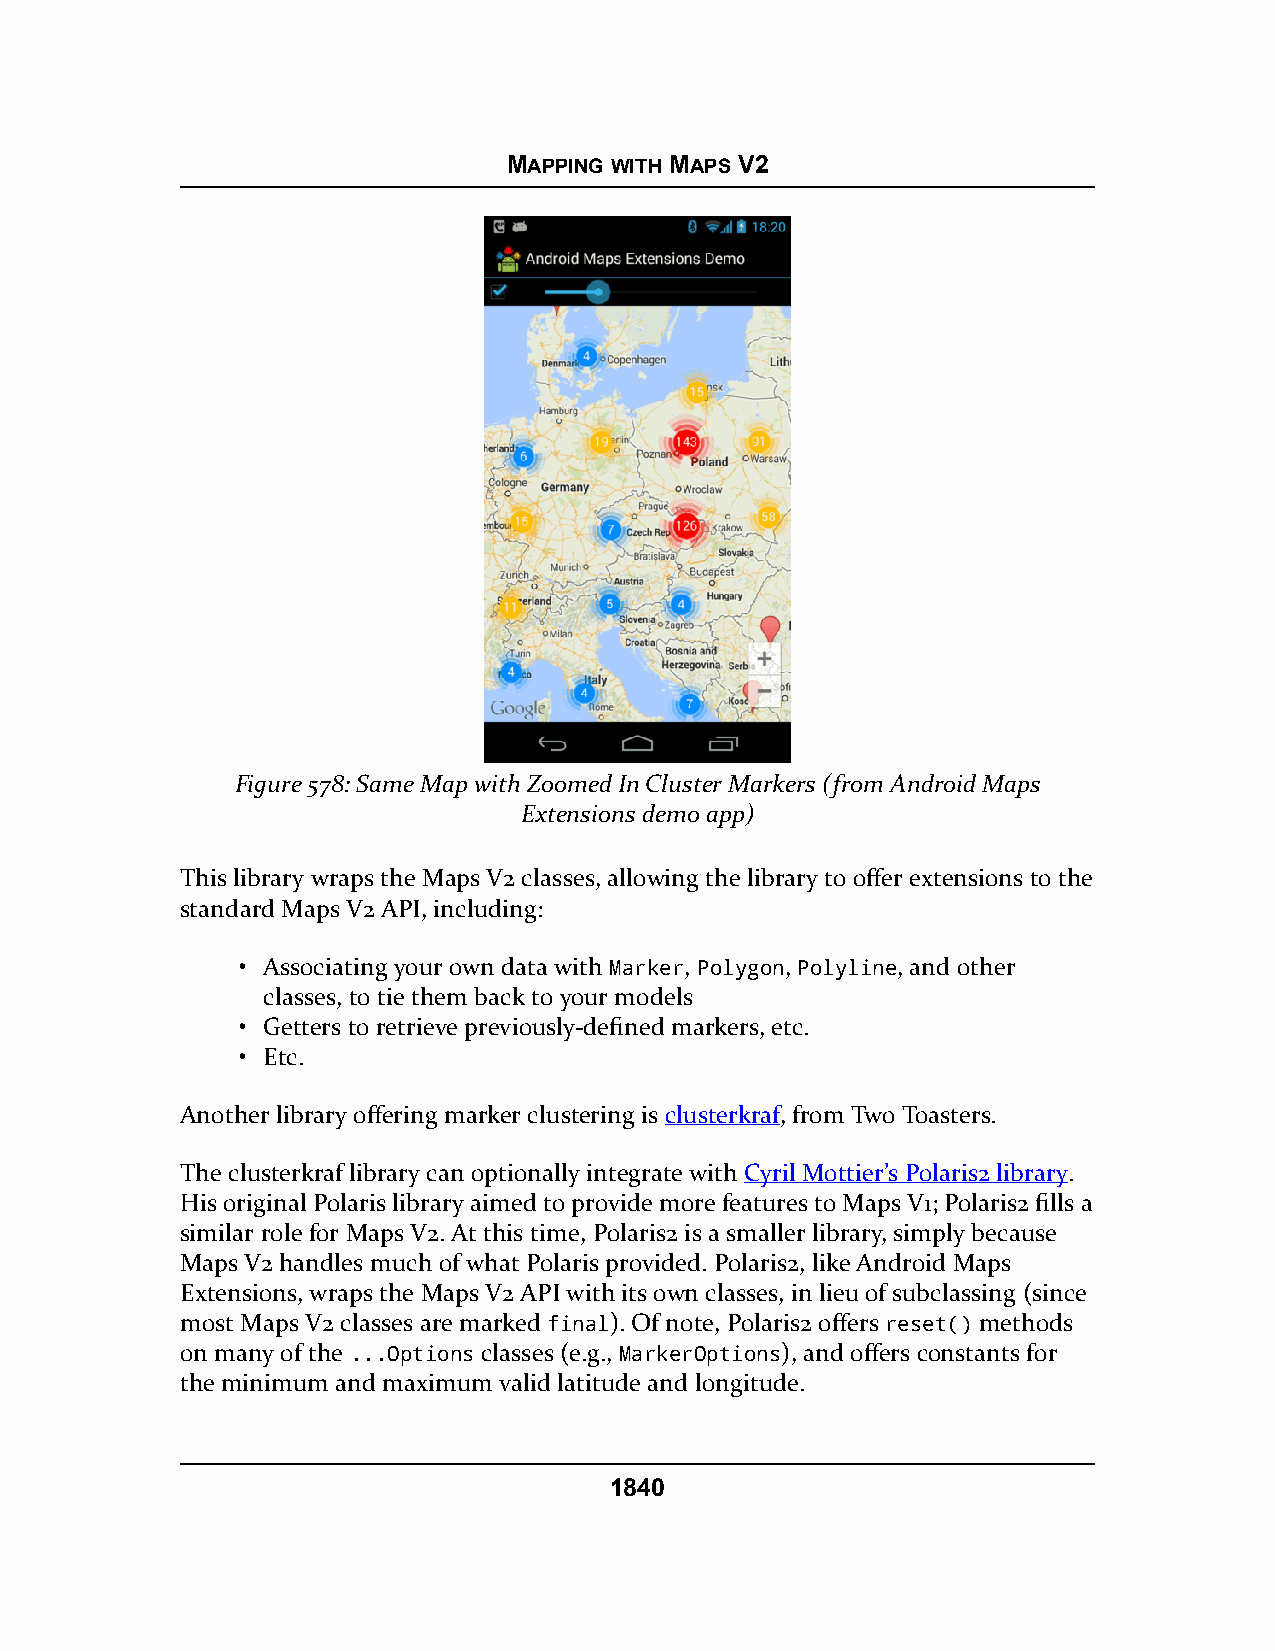
MAPPING WITH MAPS V2
 Figure 578: Same Map with Zoomed In Cluster Markers (from Android Maps
 Extensions demo app)
 This library wraps the Maps V2 classes, allowing the library to offer extensions to the
 standard Maps V2 API, including:
 • Associating your own data with Marker, Polygon, Polyline, and other
 classes, to tie them back to your models
 • Getters to retrieve previously-defined markers, etc.
 • Etc.
 Another library offering marker clustering is clusterkraf, from Two Toasters.
 The clusterkraf library can optionally integrate with Cyril Mottier’s Polaris2 library.
 His original Polaris library aimed to provide more features to Maps V1; Polaris2 fills a
 similar role for Maps V2. At this time, Polaris2 is a smaller library, simply because
 Maps V2 handles much of what Polaris provided. Polaris2, like Android Maps
 Extensions, wraps the Maps V2 API with its own classes, in lieu of subclassing (since
 most Maps V2 classes are marked final). Of note, Polaris2 offers reset() methods
 on many of the ...Options classes (e.g., MarkerOptions), and offers constants for
 the minimum and maximum valid latitude and longitude.
 1840